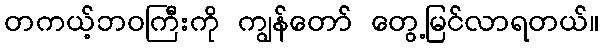
တကယ့်ဘဝကြီးကို ကျွန်တော် တွေ့မြင်လာရတယ်။